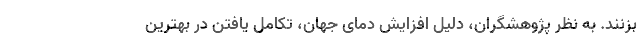
بزنند. به نظر پژوهشگران، دلیل افزایش دمای جهان، تکامل یافتن در بهترین